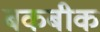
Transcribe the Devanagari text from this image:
बकबीक